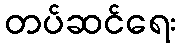
တပ်ဆင်ရေး